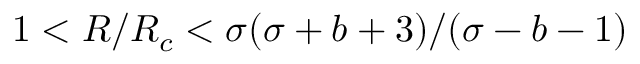
1 < R / R _ { c } < \sigma ( \sigma + b + 3 ) / ( \sigma - b - 1 )